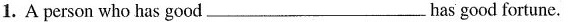
1.A person who has good___has good fortune.